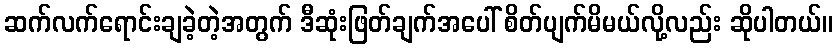
ဆက်လက်ရောင်းချခဲ့တဲ့အတွက် ဒီဆုံးဖြတ်ချက်အပေါ် စိတ်ပျက်မိမယ်လို့လည်း ဆိုပါတယ်။